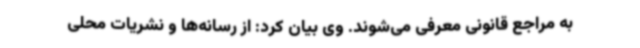
به مراجع قانونی معرفی می‌شوند. وی بیان کرد: از رسانه‌ها و نشریات محلی